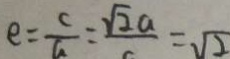
e = \frac { c } { a } = \frac { \sqrt { 2 } a } { c } = \sqrt { 2 }